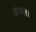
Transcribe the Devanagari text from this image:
अंचल।